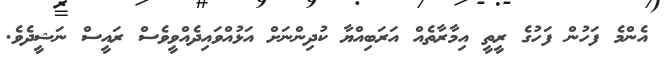
އެންމެ ފަހުން ފަހުގެ ރީތީ އިމާރާތެއް އަރަބިއްޔާ ކުދިންނަށް އަޅުއްވައިދެއްވީވެސް ރައީސް ނަޝީދެވެ.